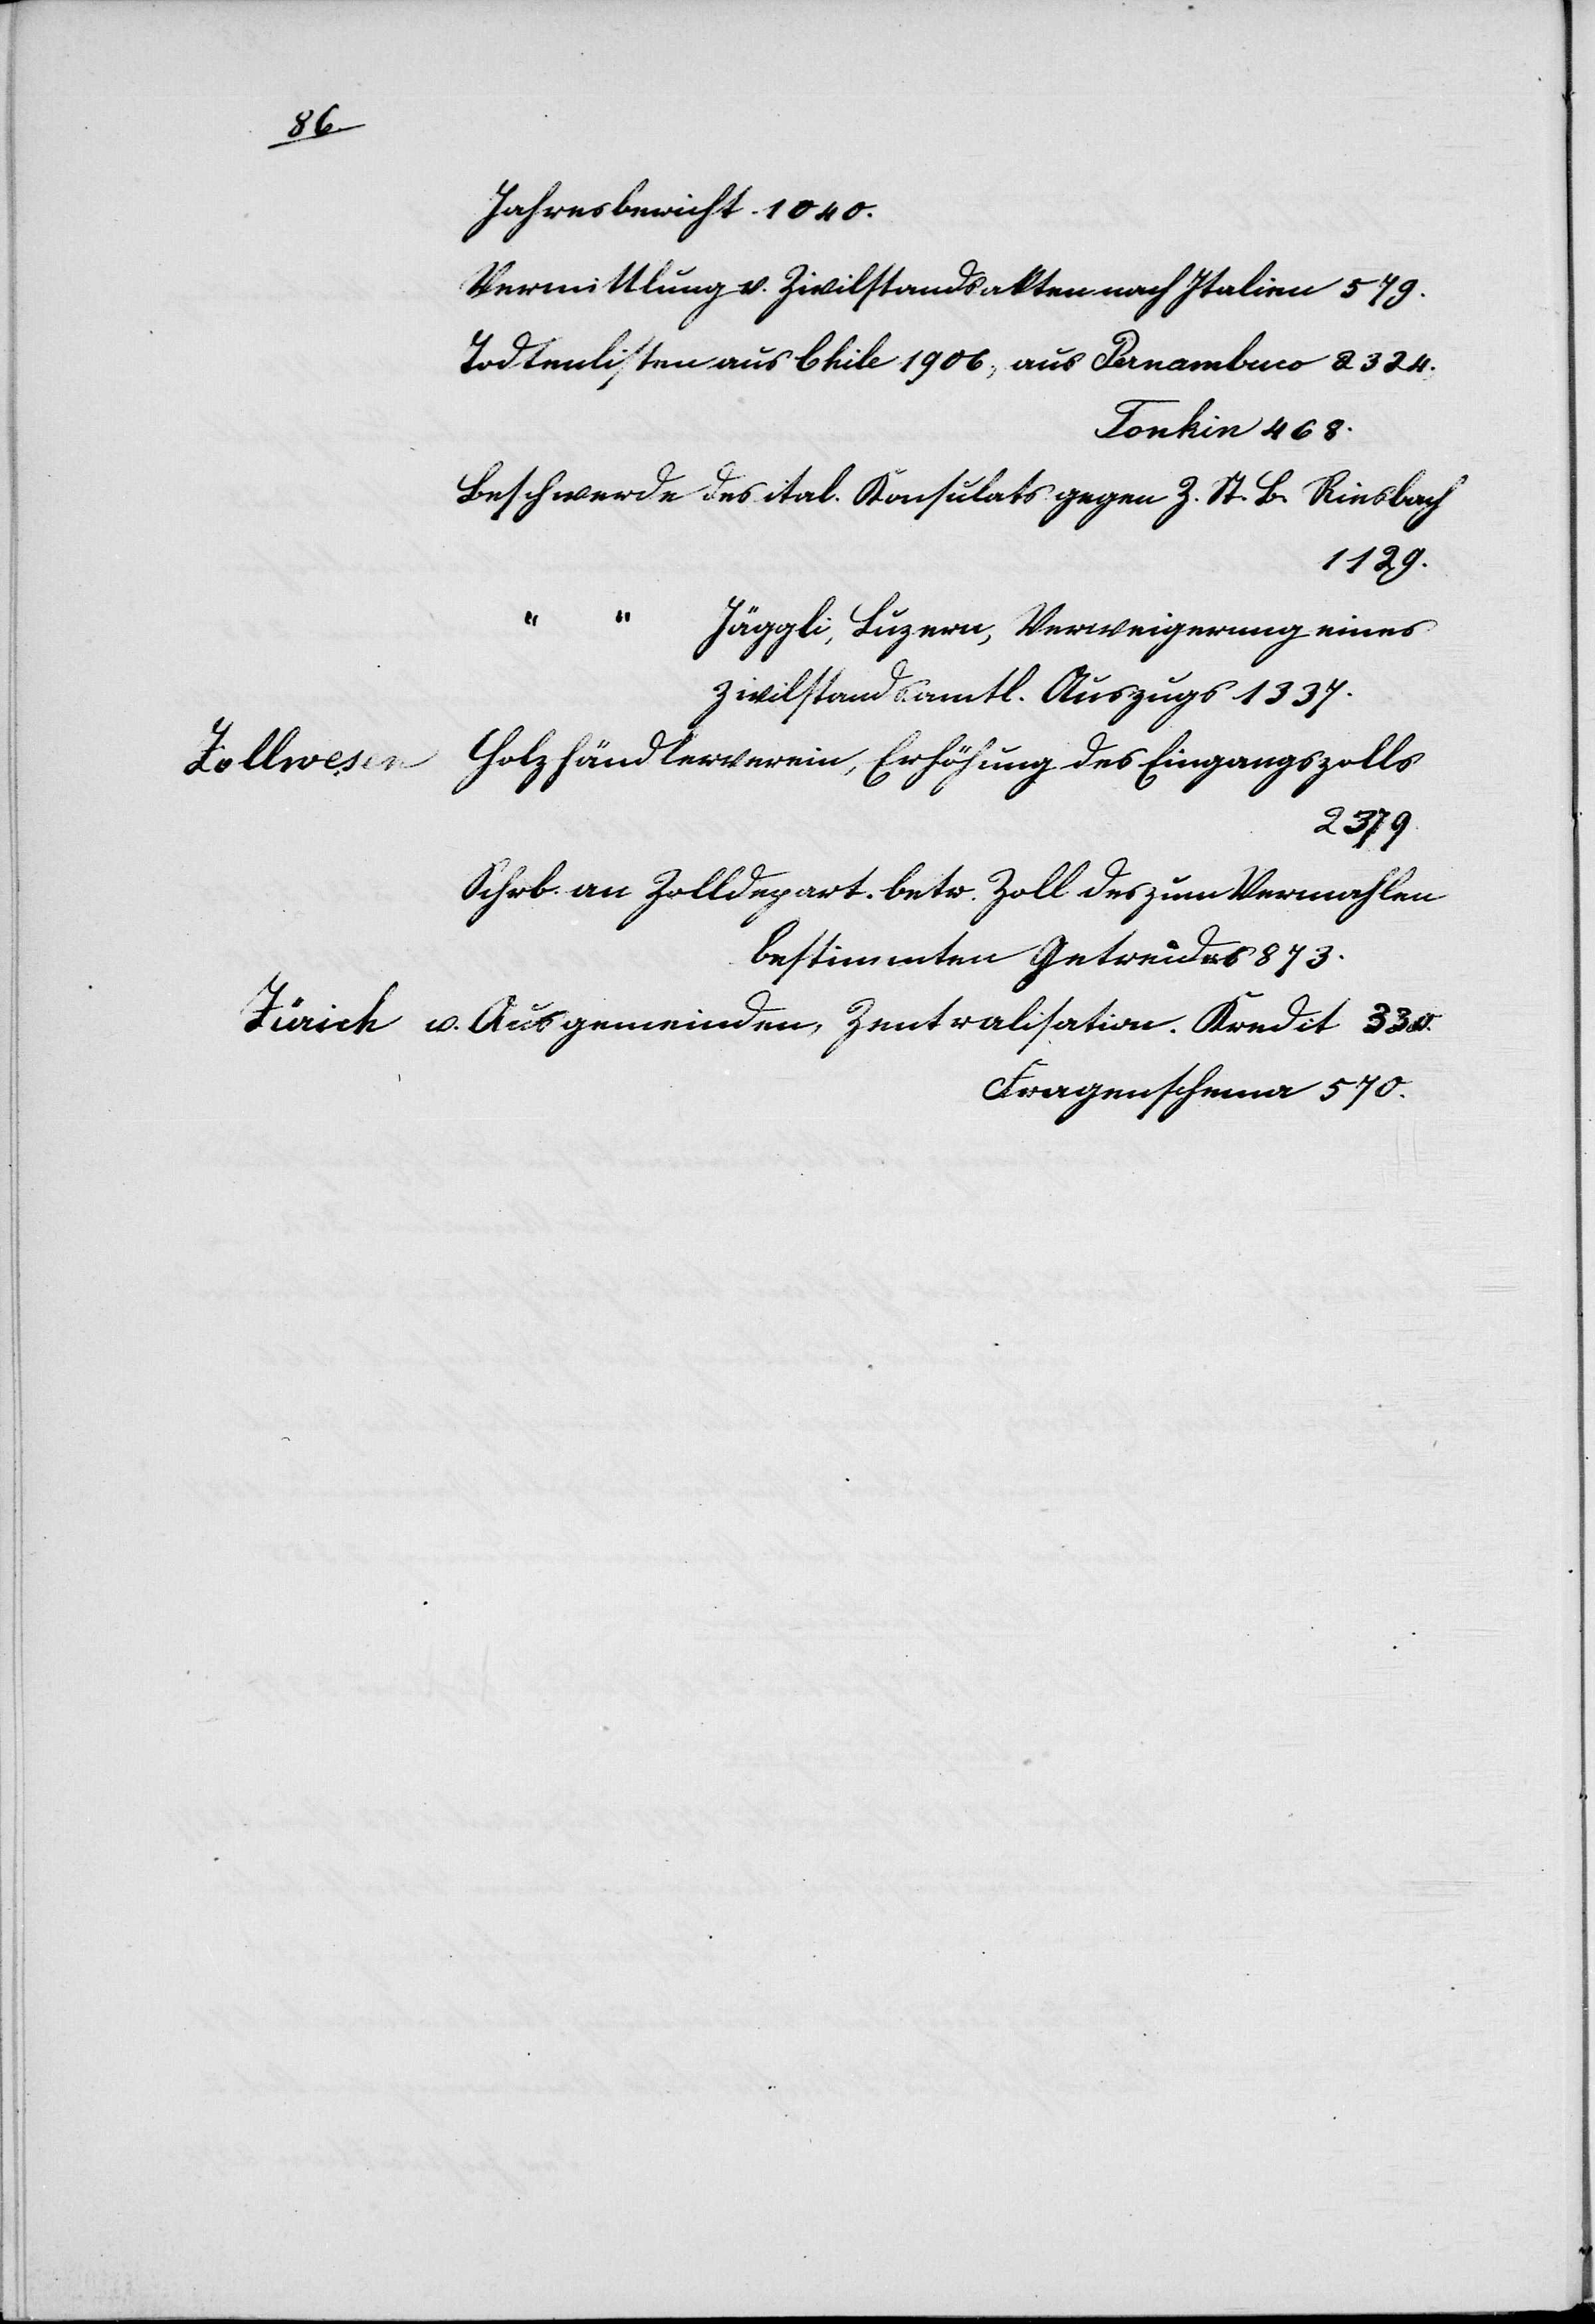
1447).
tschieden,